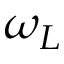
\omega _ { L }